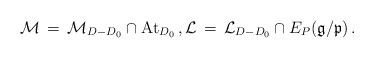
LaTeX: \begin{align*}{\mathcal M}\,=\, {\mathcal M}_{D-D_0}\cap \mathrm{At}_{D_0}\, , {\mathcal L}\,=\, {\mathcal L}_{D-D_0}\cap E_P({\mathfrak g}/{\mathfrak p})\, .\end{align*}